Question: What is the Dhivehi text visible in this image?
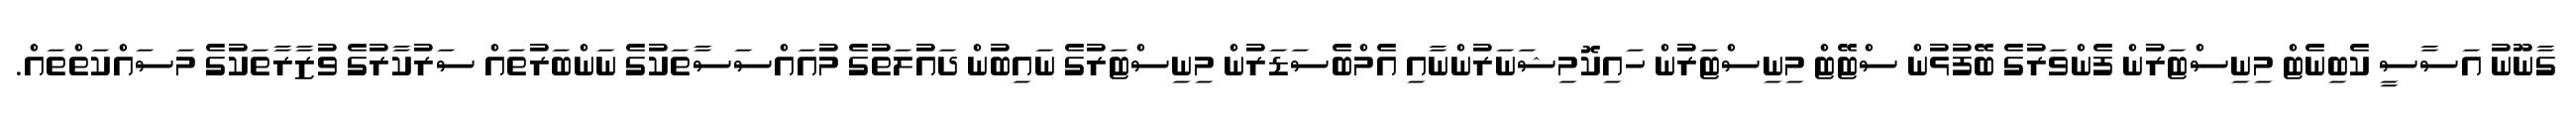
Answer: ގާނޫނު އަސާސީ ކެބިނެޓް މިނިސްޓަރުން ފެންވަރުގެ ބޭފުޅުން ސްޓޭޓް މިނިސްޓަރުން ހައިކޮމިޝަނަރުންނާއި އެމްބެސަޑަރުން މިނިސްޓަރުގެ ނައިބުން ދައުލަތުގެ މުއައްސަސާތަކުގެ ނަންބަރުތައް ސަރުކާރުގެ ވުޒާރާތަކުގެ މަސައްކަތްތައް.